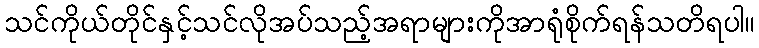
သင်ကိုယ်တိုင်နှင့်သင်လိုအပ်သည့်အရာများကိုအာရုံစိုက်ရန်သတိရပါ။